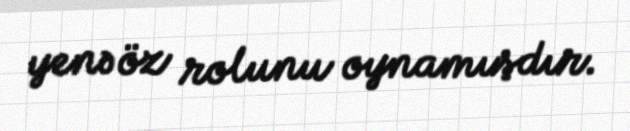
yenə öz rolunu oynamışdır.